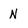
Character: N